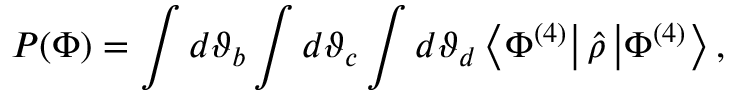
P ( \Phi ) = \int d \vartheta _ { b } \int d \vartheta _ { c } \int d \vartheta _ { d } \left\langle \Phi ^ { ( 4 ) } \right\vert \hat { \rho } \left\vert \Phi ^ { ( 4 ) } \right\rangle ,